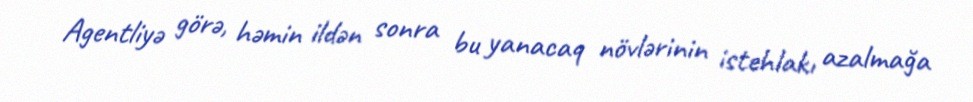
Agentliyə görə, həmin ildən sonra bu yanacaq növlərinin istehlakı azalmağa